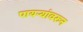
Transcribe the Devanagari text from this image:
पायऱ्यांवरुन